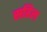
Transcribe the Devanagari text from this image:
सहिल